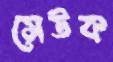
সেউক